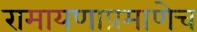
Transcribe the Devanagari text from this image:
रामायणाप्रमाणेच